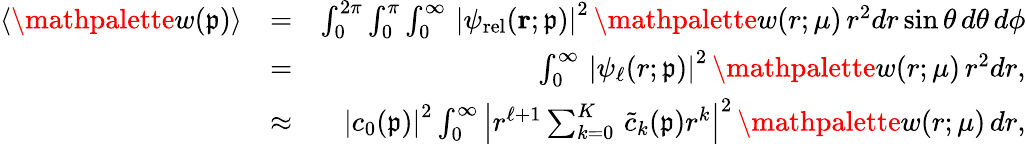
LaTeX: \begin{array}{rlr}{\langle\mathpalette{w}(\mathfrak{p})\rangle}&{=}&{\int_{0}^{2\pi}\int_{0}^{\pi}\int_{0}^{\infty}\, \left|\psi_{\mathrm{rel}}(\mathbf{r};\mathfrak{p})\right|^{2}\, \mathpalette{w}(r;\mu)\, r^{2}dr\sin\theta\, d\theta\, d\phi}\\ &{=}&{\int_{0}^{\infty}\, \left|\psi_{\ell}(r;\mathfrak{p})\right|^{2}\, \mathpalette{w}(r;\mu)\, r^{2}dr,}\\ &{\approx}&{\left|c_{0}(\mathfrak{p})\right|^{2}\int_{0}^{\infty}\left|r^{\ell+1}\sum_{k=0}^{K}\, \widetilde{c}_{k}(\mathfrak{p})r^{k}\right|^{2}\, \mathpalette{w}(r;\mu)\, dr,}\end{array}